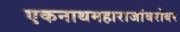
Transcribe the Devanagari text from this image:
एकनाथमहाराजांबरोबर